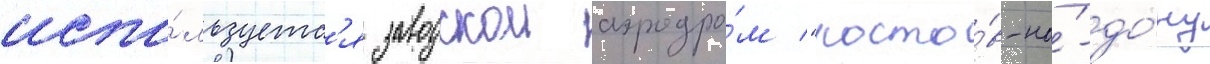
испо́льзуетс'я заводскои аэродро́м "росто́в-на́-до́ну